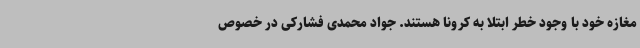
مغازه خود با وجود خطر ابتلا به کرونا هستند. جواد محمدی فشارکی در خصوص